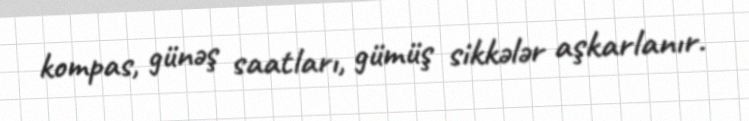
kompas, günəş saatları, gümüş sikkələr aşkarlanır.